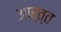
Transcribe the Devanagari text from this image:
आर्त्त